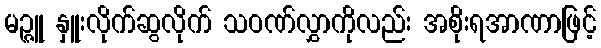
မဉ္ဇူ နှူးလိုက်ဆွလိုက် သဝဏ်လွှာကိုလည်း အစိုးရအာဏာဖြင့်